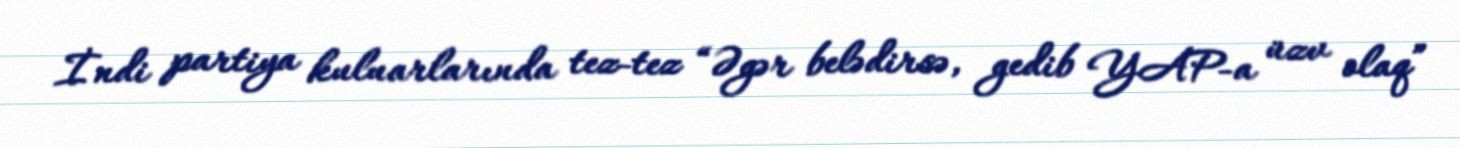
İndi partiya kuluarlarında tez-tez “Əgər belədirsə, gedib YAP-a üzv olaq”